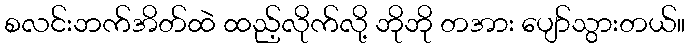
စလင်းဘက်အိတ်ထဲ ထည့်လိုက်လို့ ဘိုဘို တအား ပျော်သွားတယ်။